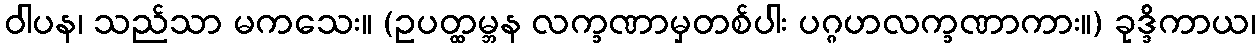
ဝါပန၊ သည်သာ မကသေး။ (ဥပတ္ထမ္ဘန လက္ခဏာမှတစ်ပါး ပဂ္ဂဟလက္ခဏာကား။) ခုဒ္ဒိကာယ၊